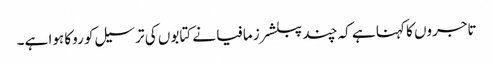
تاجروں کا کہنا ہے کہ چند پبلشرز مافیا نے کتابوں کی ترسیل کو روکا ہوا ہے۔